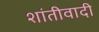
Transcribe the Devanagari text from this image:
शांतीवादी